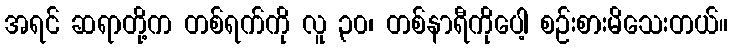
အရင် ဆရာတို့က တစ်ရက်ကို လူ ၃၀၊ တစ်နာရီကိုပေါ့ စဉ်းစားမိသေးတယ်။